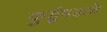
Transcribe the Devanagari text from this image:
कुर्डूगडाचे